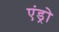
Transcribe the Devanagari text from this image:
एंड्रो